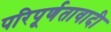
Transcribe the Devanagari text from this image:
परिपूर्णतावादी